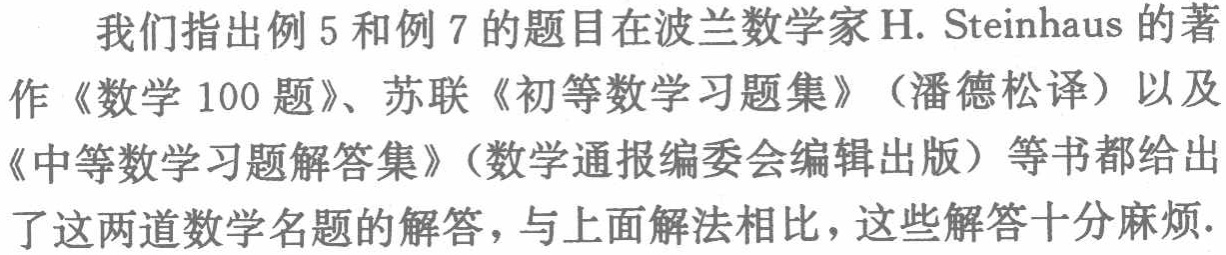
我们指出例 5 和例 7 的题目在波兰数学家 H. Steinhaus 的著作《数学 100 题》、苏联《初等数学习题集》（潘德松译）以及《中等数学习题解答集》（数学通报编委会编辑出版）等书都给出了这两道数学名题的解答，与上面解法相比，这些解答十分麻烦.